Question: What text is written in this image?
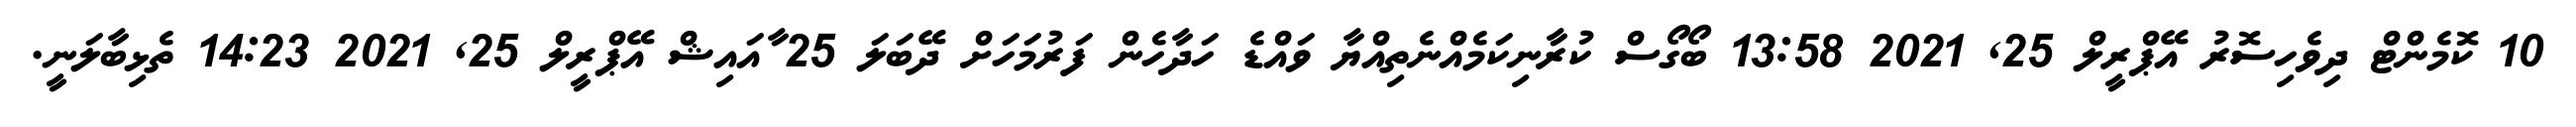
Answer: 10 ކޮމެންޓް ދިވެހިސޮރު އޭޕްރީލް 25, 2021 13:58 ބޯގޯސް ކުރާނިކަމެއްނެތިއްޔާ ވައްޑެ ހަދާހެން ފަރުމަހަށް ދޭބަލަ 25 ާއައިޝް އޭޕްރީލް 25, 2021 14:23 ތެޅިބާލަނީ.